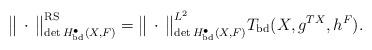
LaTeX: \begin{align*}\big\lVert\,\cdot\,\big\rVert^\mathrm{RS}_{\det H^{\bullet}_\mathrm{bd}(X,F)}= \big\lVert\,\cdot\,\big\rVert^{L^{2}}_{\det H^{\bullet}_\mathrm{bd}(X,F)}T_\mathrm{bd}(X,g^{TX},h^{F}).\end{align*}